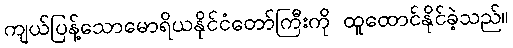
ကျယ်ပြန့်သောမောရိယနိုင်ငံတော်ကြီးကို ထူထောင်နိုင်ခဲ့သည်။